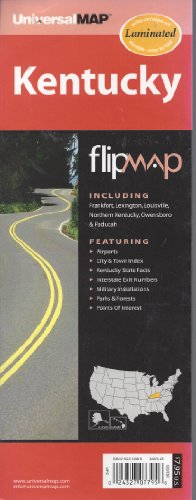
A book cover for Kentucky Flip Map; Travel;